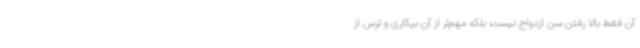
آن فقط بالا رفتن سن ازدواج نیست، بلکه مهم‌تر از آن بیکاری و ترس از